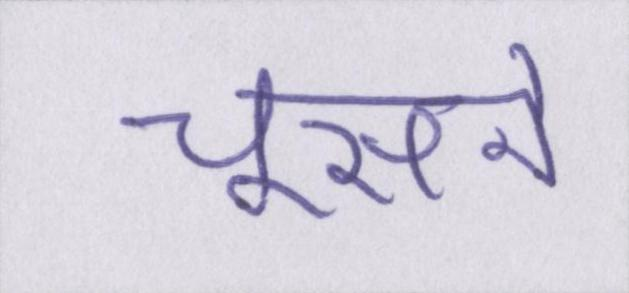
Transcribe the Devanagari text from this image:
चूसने